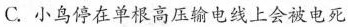
C.小鸟停在单根高压输电线上会被电死